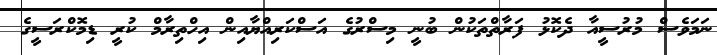
ނަމަވެސް މުރުސީއާ ދެކޮޅު ފަރާތްތަކުން ބުނީ މިސްރުގެ އަސްކަރިއްޔާއިން އިހްތިރާމް ކުރީ ޑިމޮކްރަސީގެ